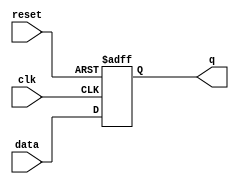
module flip_flop (
    input clk,
    input reset,
    input data,
    output reg q
);

always @(posedge clk or posedge reset)
begin
    if (reset)
        q <= 1'b0;
    else
        q <= data;
end

endmodule